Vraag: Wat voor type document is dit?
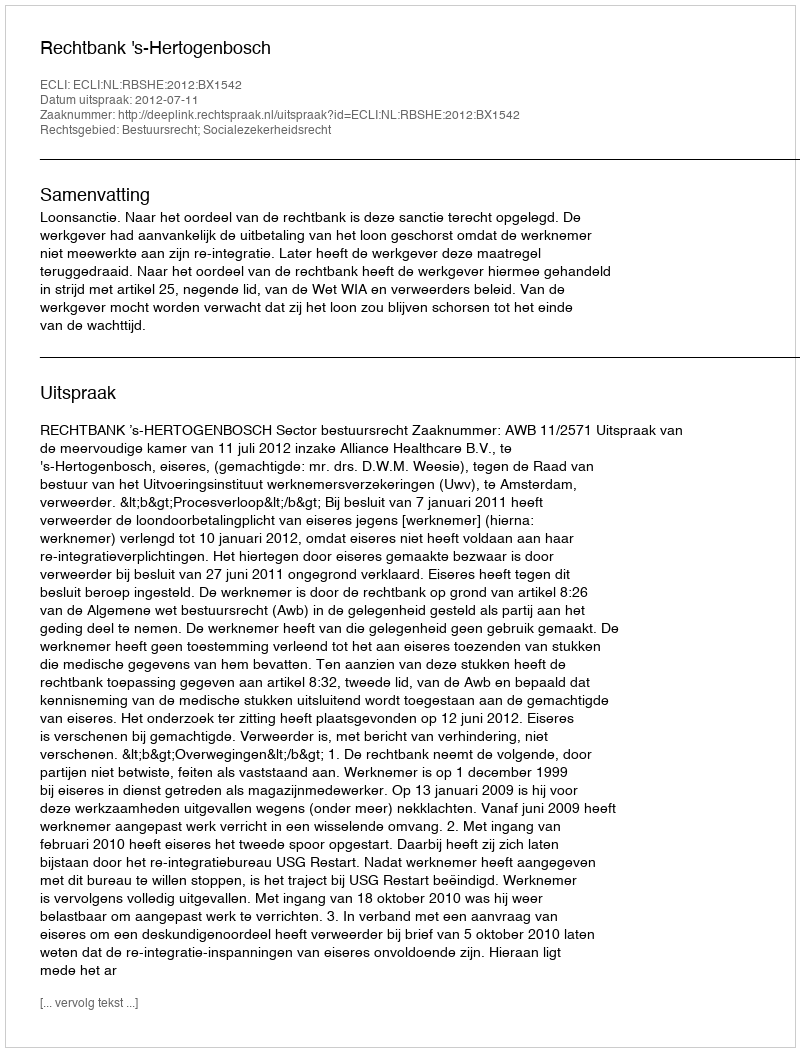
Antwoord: Uitspraak